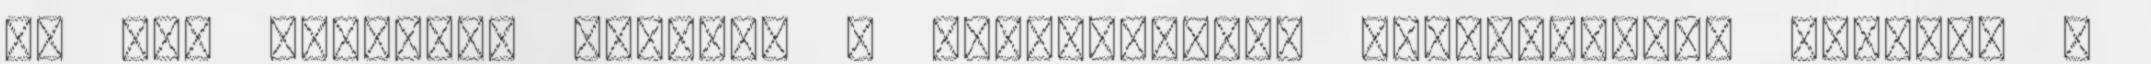
ki tud váltani: fokozza a zsírosságot, fényességet. Azonban a